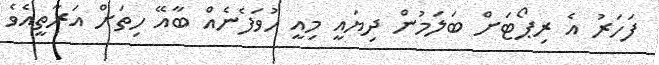
ފަހަރު އެ ރިޕޯޓަށް ބަލަމުން ދިޔައީ މިއީ ހުވަފެނެއް ބާއޭ ހިތަށް އަރާތީއެވެ